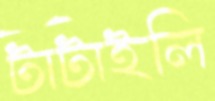
টাটাইলি